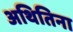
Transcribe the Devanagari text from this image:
अथितिना